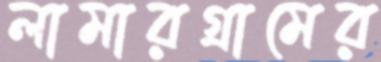
লামারগ্রামের